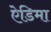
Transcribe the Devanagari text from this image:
ऐडिमा